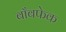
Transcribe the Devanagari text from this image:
बाँबफेक